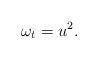
LaTeX: \begin{gather*}\omega_t = u^2.\end{gather*}